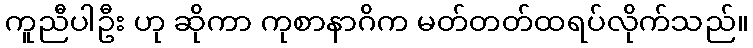
ကူညီပါဦး ဟု ဆိုကာ ကုစာနာဂိက မတ်တတ်ထရပ်လိုက်သည်။